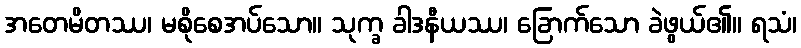
အတေမိတဿ၊ မစိုစေအပ်သော။ သုက္ခ ခါဒနီယဿ၊ ခြောက်သော ခဲဖွယ်၏။ ရသံ၊